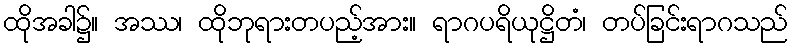
ထိုအခါ၌။ အဿ၊ ထိုဘုရားတပည့်အား။ ရာဂပရိယုဋ္ဌိတံ၊ တပ်ခြင်းရာဂသည်